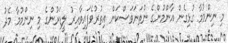
މި ނިންމުމާ ގުޅިގެން އާންމުންގެ ނުތަނަވަސްކަން އިތުރުވެފައިވާއިރު ލީޑަރުންގެ މި ނިންމުމާ މެދު